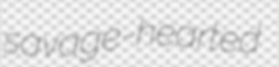
savage-hearted